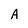
Character: A